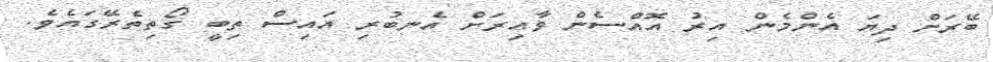
ބޭރަށް ދިޔަ އެންމެން އިރު އޮއްސެން ވާއިރަށް އެނބުރި އައިސް ތިބީ ގޯތިތެރޭގައެވެ.